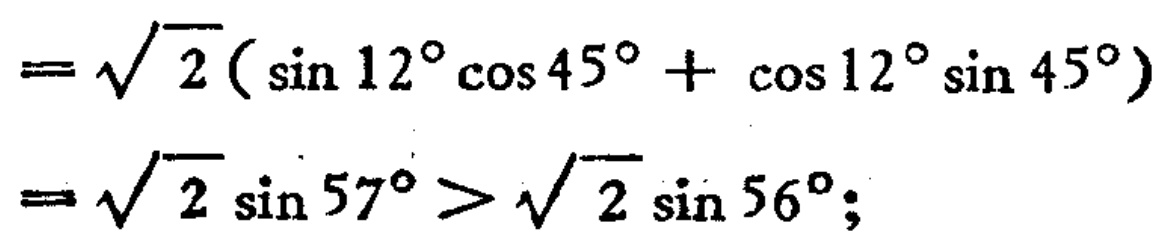
\[

\begin{align*}

&=\sqrt{2}(\sin12^{\circ}\cos45^{\circ}+\cos12^{\circ}\sin45^{\circ})\\

&=\sqrt{2}\sin57^{\circ}>\sqrt{2}\sin56^{\circ};

\end{align*}

\]